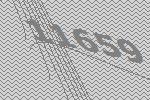
11659